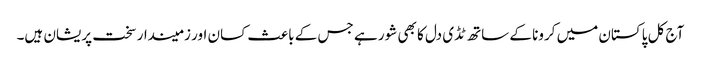
آج کل پاکستان میں کرونا کے ساتھ ٹڈی دل کا بھی شور ہے جس کے باعث کسان اور زمیندار سخت پریشان ہیں۔